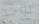
يوجد